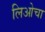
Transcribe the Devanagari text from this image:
लिओचा